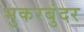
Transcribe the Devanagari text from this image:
भुकरबुंदर